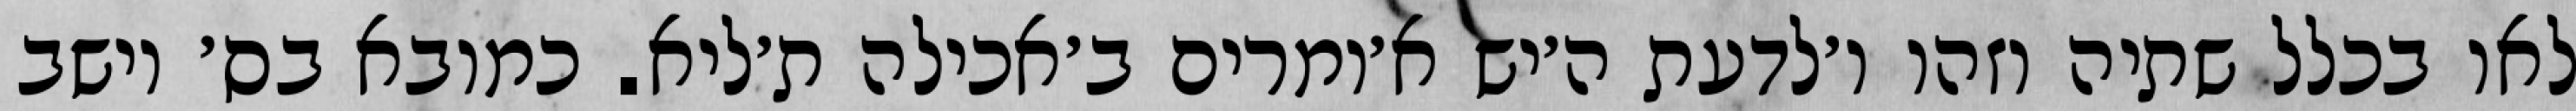
לאו בכלל שתיה וזהו ו׳לדעת ה׳יש א׳ומרים ב׳אכילה ת׳ליא. כמובא בס׳ יושב